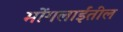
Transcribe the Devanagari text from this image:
मोंगलाईंतील